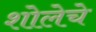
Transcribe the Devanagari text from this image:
शोलेचे